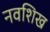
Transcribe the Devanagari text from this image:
नवशिख